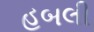
હબલી